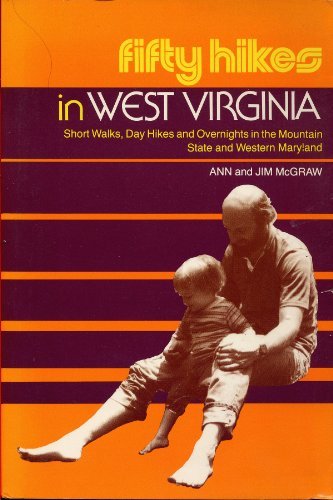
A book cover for Fifty Hikes in West Virginia: Short Walks, Day Hikes, and Overnights in the Mountain State and Western Maryland; Ann McGraw; Travel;